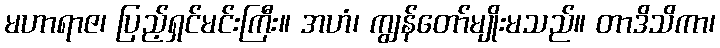
မဟာရာဇ၊ ပြည့်ရှင်မင်းကြီး။ အဟံ၊ ကျွန်တော်မျိုးမသည်။ တာဒိသိကာ၊